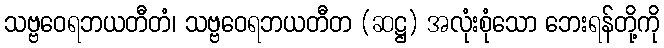
သဗ္ဗဝေရဘယတီတံ၊ သဗ္ဗဝေရဘယတီတ (ဆဋ္ဌ) အလုံးစုံသော ဘေးရန်တို့ကို